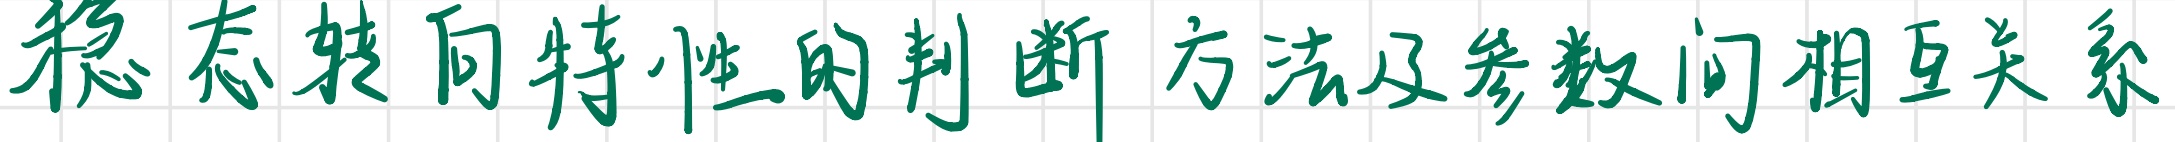
稳态转向特性的判断方法及参数间相互关系